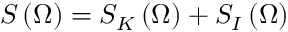
S \left( \Omega \right) = S _ { K } \left( \Omega \right) + S _ { I } \left( \Omega \right)